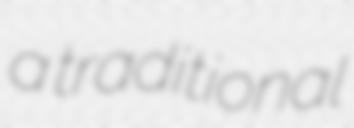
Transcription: a traditional